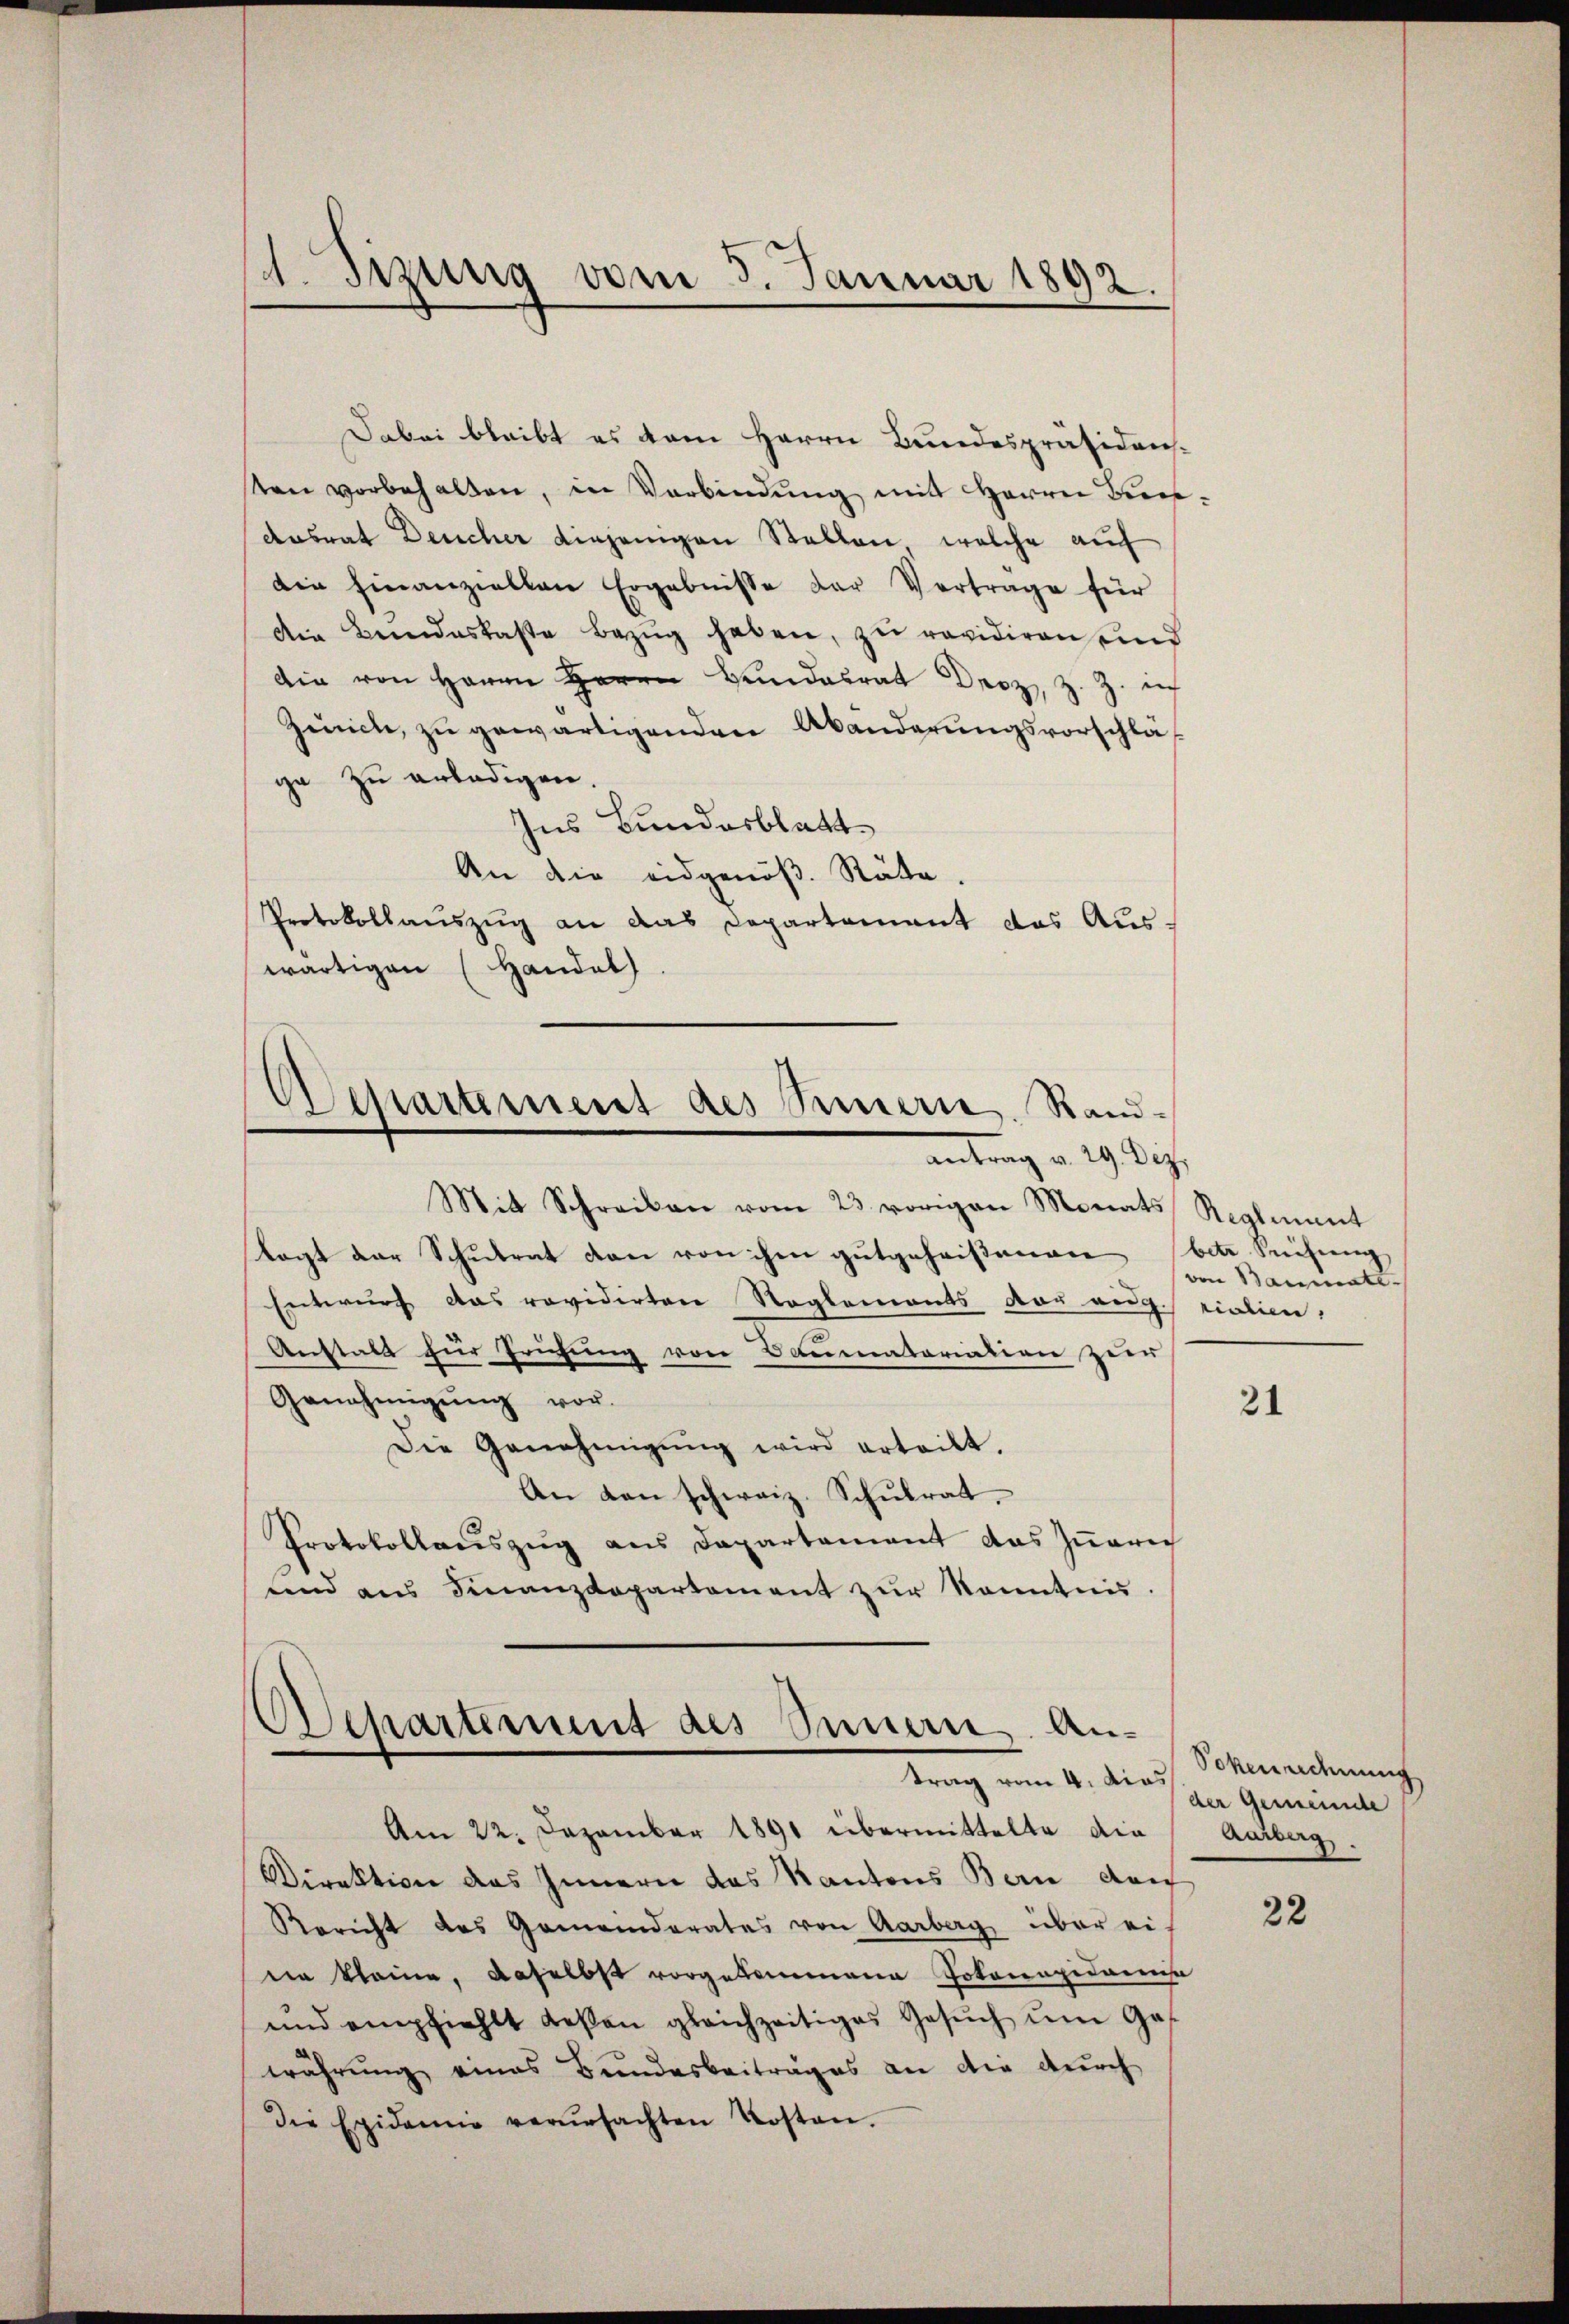
4. Sizung vom 5. Januar 1892.

Dabei bleibt es dem Herrn Bundespräsidens-
ten vorbehalten, in Verbindŭng mit Herrn Brei¬
Ansrat Deucher diejenigen Stellen, welche auf
die hinanziellen Ergebnisse der Vertrage für
Die Bundeskasse Bezug haben, zu revidiren und
die von Herrn Herrn Bundesrat Droz. Z. Z. auf
Zürich, zu gewärtigenden Abänderungsvorschläs
ge zu erledigen.
Ins Bundesblatt
An die eidgenöβ. Räte.
Protokollauszug an das Departament das Aus-
wärtigen (Handel.

Departement des Sinnern. Randantrag v. 29. Dez.

Mit Schreiben vom 23. vorigen Monats Reglement
Togt der Schulrat den von ihm gutgeheißenen bete Suchung
Entwurf das revidirten Reglements vor augrialien,
Anstalt für Frühung von Baumatariation Herr
Genehmigŭng vor.
Die Genehmigŭng wird erteilt.
An den schweiz. Schŭlrat.
Protokollauszug aus Departement das Innerie
und aus Finanzdepartement zur Kenntnis.

Departement des Innern. An-
trag vom 4. dies

Am 22. Dezember 1891 übermittelte die
Direktion das Innern das Kantons Bern den
Rericht des Gemeinderates von Aarberg über eidie kleine, daselbst vorgekommene Jokacapidarina
und empfiehlt deßen gleichzeitiges Gesŭch ŭm Ges
währung eines Bundesbeitrages an die durch
die Epidemie verŭrsachten Kosten.

von Baumate-

21

Sokenrechnung
der Gemeinde
Aarberg.

22